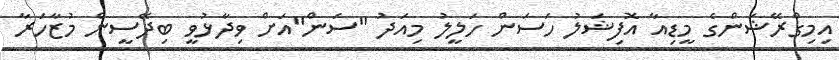
އިމިގްރޭޝަންގެ މީޑިއާ އޮފިޝަލު ހަސަން ހަލީލު މިއަދު "ސަން"އަށް ވިދާޅުވީ ބިދޭސީން މުޒާހަރާ